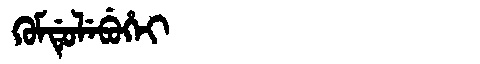
Manchu: ᡴᡠᠮᡩᡠᠯᡝᠪᡠᡥᡝᡳ
Romanization: KUMDULEBUHEI